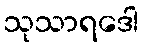
သုသာရဒေါ